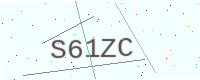
Text: S61ZC